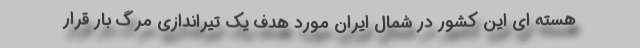
هسته ای این کشور در شمال ایران مورد هدف یک تیراندازی مرگ بار قرار